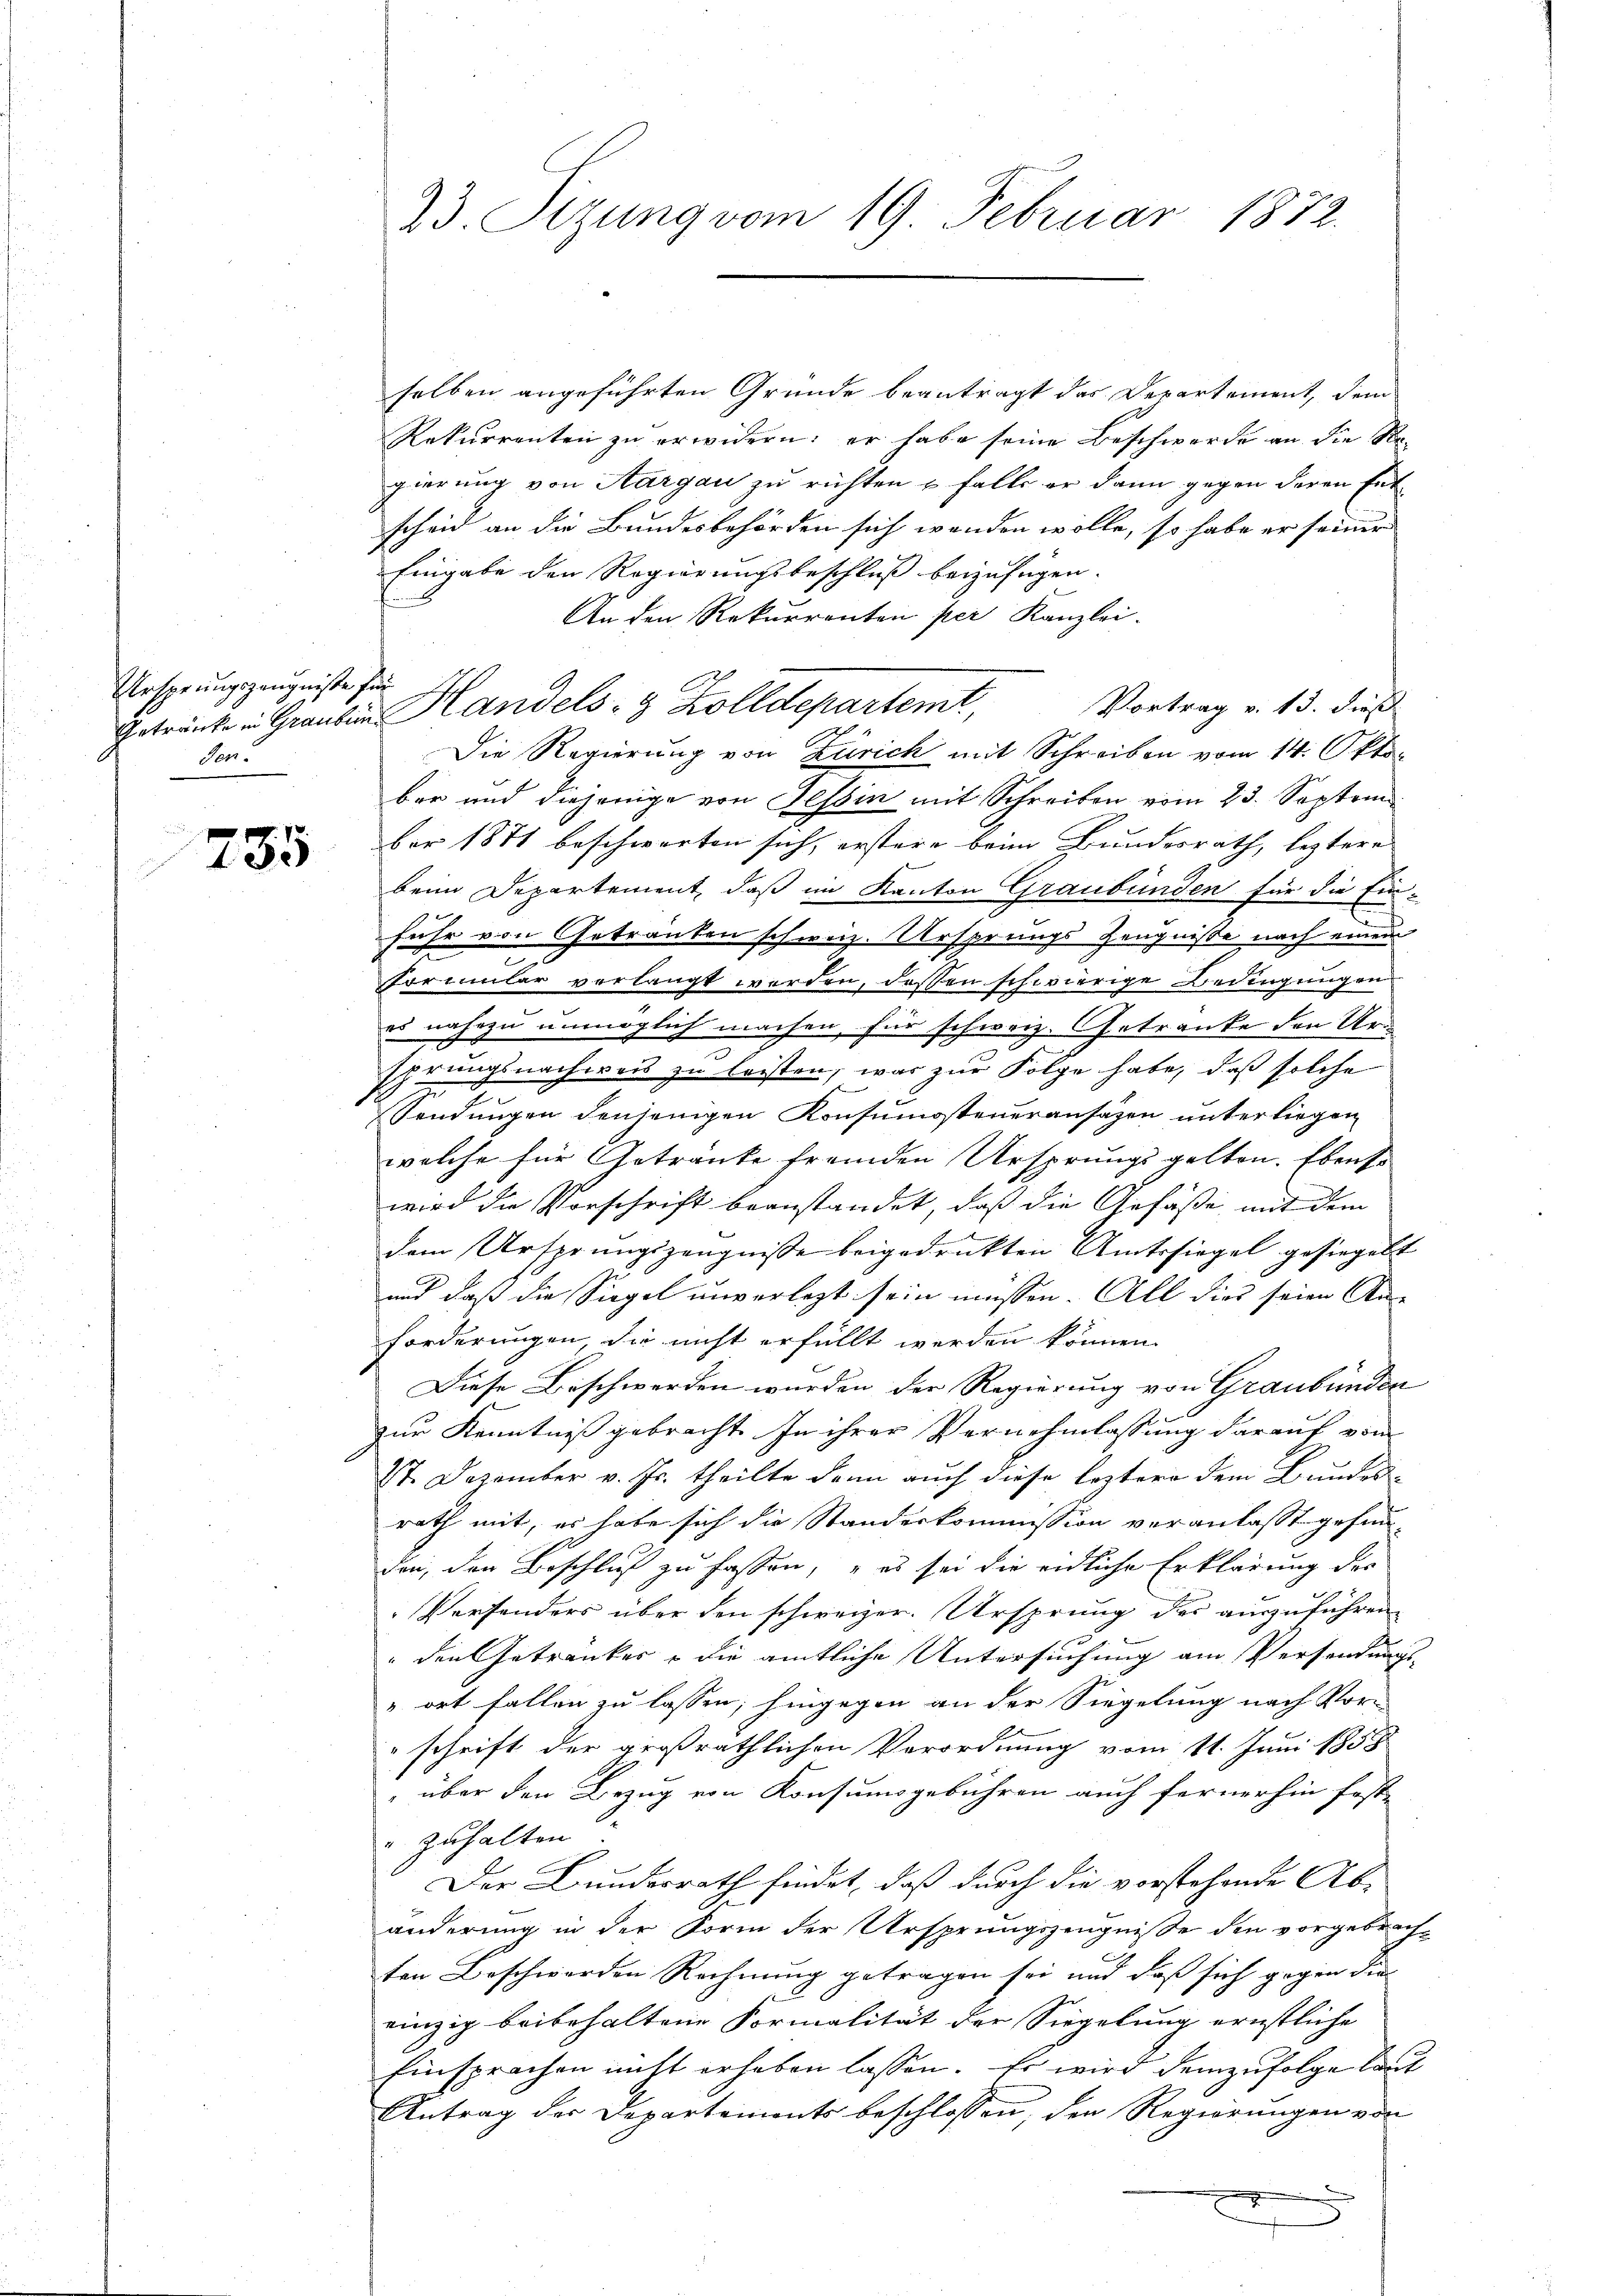
Ursprungszeugnisse für
den.

785

selben angeführten Grunde beantragt das Departement, dem
Rekurrenten zu erwidern; er habe seine Beschwerde an die Regierung von Aargau zu richten u falls er dann gegen deren Entscheid an die Bundesbehörden sich wenden wolle, so habe er seiner
Eingabe den Regierungsbeschluß beizufügen.
An den Rekurrenten per Kanzlei-
Vortrag v. 13. dieß
Die Regierung von Zürich mit Schreiben vom 14. Oktober und diejenige von Tessin mit Schreiben vom 23. Septem
ber 1871 beschwerten sich, erstere beim Bundesrath, leztere
beim Departement, daß im Kanton Graubünden für die Ein-
fuhr von Getränken schweiz. Ursprungs Zeugnisse nach einem
n
Portmular verlangt werden, dessen schwierige Bedingungen
eo nahezu unmöglich machen, für schweiz. Getranke den Ur¬
Eprungsnachweis zu leisten, was zur Folge habe, daß solche
Sendungen denjenigen Konsumosteneransätzen unterliegen
welche für Getränke fremden Ursprungsgelten. Ebenso
wird die Vorschrift beanstandet, daß die Gefäße mit dem
dem Ursprungszeugnisse beigedrukten Amtssiegel gesiegelt
und daß die Siegel unverlegt sein müssen. All dies seien An-
forderungen, die nicht erfüllt werden können.
Diese Beschwerden wurden der Regierung von Graubünden
zur Kenntniß gebracht. In ihrer Vernehmlassung darauf von
87. Dezember v. Js. theilte dann auch diese leztere dem Bundesrath mit, es habe sich die Standeskommission veranlasst gefunden, den Beschluß zu fassen, es sei die eidliche Erklärung des
Versonders über den schweizer. Ursprung des auszuführen
" den Getränker – die amtliche Untersuchung am Versendungs-
„ort fallen zu lassen; hingegen an der Siegelung nach Vor-
schrift der großräthlichen Verordnung vom 11. Juni 1858
" über den Bezug von Konsumsgebühren auch fernerhin fest-
" zuhalten.
Der Bundesrath findet, daß durch die vorstehende Abänderung in der Form der Ursprungszeugnisse den vorgebrachten Beschwerden Rechnung getragen sei und daß sich gegen die
einzig beibehaltene Formalität der Siegelung ernstliche
Einsprachen nicht erhaben lassen. Es wird demzufolge laut
Antrag der Departements beschlossen, den Regierungen von
2

23. Sizung vom 19. Februar 1872.

Getränke in Grauben Handels- & Zolldepartemt,